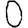
Digit: 0